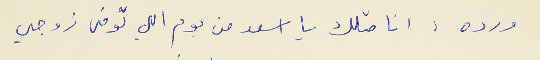
ورده : انا متلك يا اسعد من يوم اللي توفى جوزي